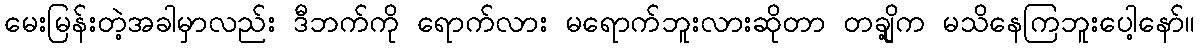
မေးမြန်းတဲ့အခါမှာလည်း ဒီဘက်ကို ရောက်လား မရောက်ဘူးလားဆိုတာ တချို့က မသိနေကြဘူးပေါ့နော်။